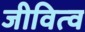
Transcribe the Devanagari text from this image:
जीवित्व